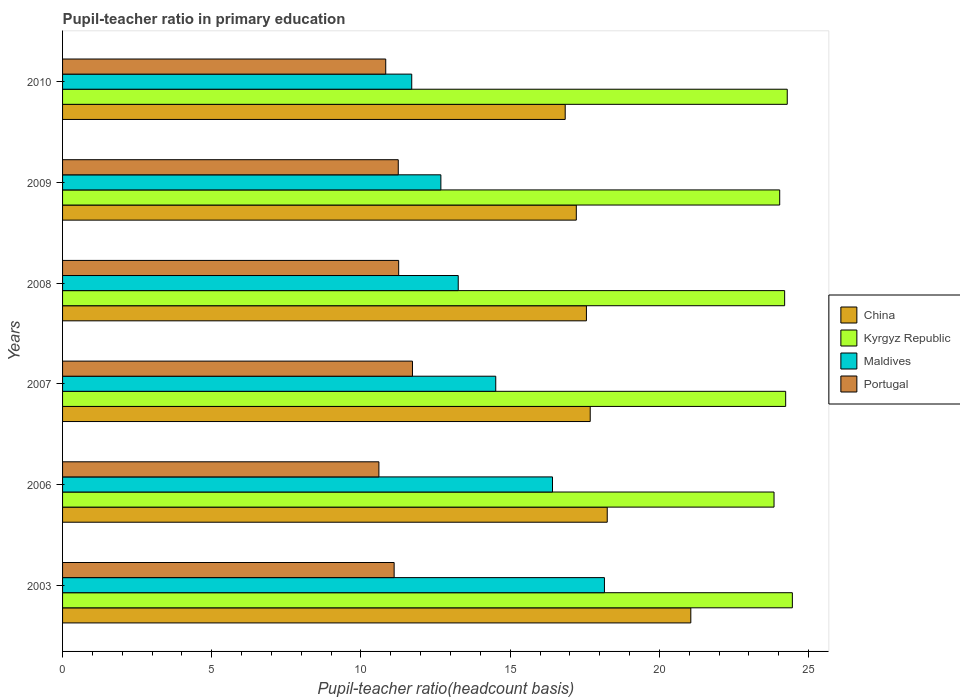
| Years | China | Kyrgyz Republic | Maldives | Portugal |
 | --- | --- | --- | --- | --- |
 | 2003 | 21.1 | 24.5 | 18.2 | 11.1 |
 | 2006 | 18.3 | 23.8 | 16.4 | 10.6 |
 | 2007 | 17.7 | 24.2 | 14.5 | 11.7 |
 | 2008 | 17.6 | 24.2 | 13.3 | 11.3 |
 | 2009 | 17.2 | 24 | 12.7 | 11.2 |
 | 2010 | 16.8 | 24.3 | 11.7 | 10.8 |